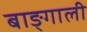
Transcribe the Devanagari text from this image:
बाङ्गाली